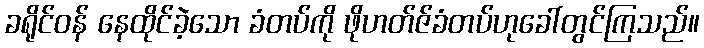
ခရိုင်ဝန် နေထိုင်ခဲ့သော ခံတပ်ကို ဖိုဟတ်ဇ်ခံတပ်ဟုခေါ်တွင်ကြသည်။